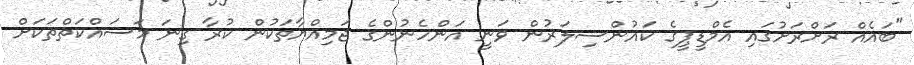
"ބައެއް ރަށްރަށުގައި އެމްޑީޕީގެ ކައުންސިލަރުން ވަނީ އަންހެނުންގެ ޖަމިއްޔާތަކުން ކުރާ ގިނަ މަސައްކަތްތަކަށް